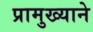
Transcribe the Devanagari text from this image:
प्रामुख्‍याने